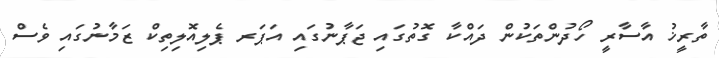
ތާރީޚު އާސާރީ ހޯދުންތަކުން ދައްކާ ގޮތުގައި ޖަޕާނުގައި އަޕަރ ޕެލިއޮލިތިކް ޒަމާނުގައި ވެސް